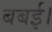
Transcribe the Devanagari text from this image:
बबई।